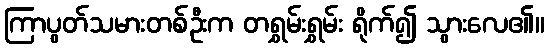
ကြာပွတ်သမားတစ်ဦးက တရွှမ်းရွှမ်း ရိုက်၍ သွားလေ၏။